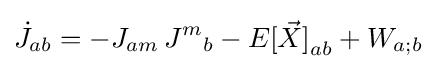
{\dot {J}}_{ab}=-J_{am}\,{J^{m}}_{b}-{E[{\vec {X}}]}_{ab}+W_{a;b}